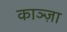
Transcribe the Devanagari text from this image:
काञ्ज़ा